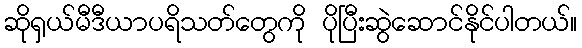
ဆိုရှယ်မီဒီယာပရိသတ်တွေကို ပိုပြီးဆွဲဆောင်နိုင်ပါတယ်။